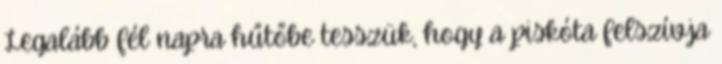
Legalább fél napra hűtőbe tesszük, hogy a piskóta felszívja